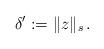
LaTeX: \begin{align*} \delta':=\|z\|_{s}\,. \end{align*}